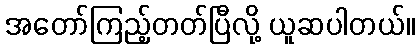
အတော်ကြည့်တတ်ပြီလို့ ယူဆပါတယ်။